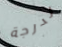
لدرجة